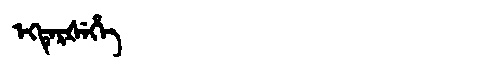
Manchu: ᡝᡴᡨᡝᡵᡧᡝᡥᡝ
Romanization: EKTERŠEHE